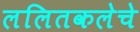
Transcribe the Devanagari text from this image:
ललितकलेचे